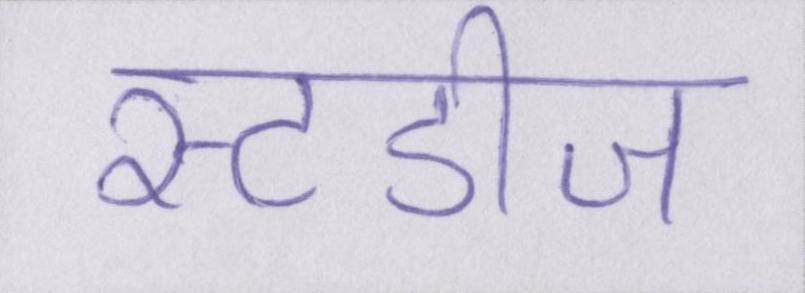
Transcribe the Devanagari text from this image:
स्टडीज